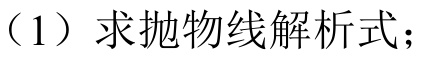
（1）求抛物线解析式；